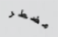
مضطر